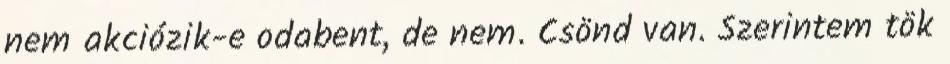
nem akciózik-e odabent, de nem. Csönd van. Szerintem tök